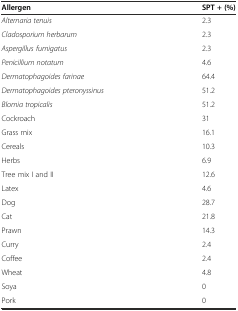
| Allergen | SPT + (%) |
 | --- | --- |
 | Alternaria tenuis | 2.3 |
 | Cladosporium herbarum | 2.3 |
 | Aspergillus fumigatus | 2.3 |
 | Penicillium notatum | 4.6 |
 | Dermatophagoides farinae | 64.4 |
 | Dermatophagoides pteronyssinus | 51.2 |
 | Blomia tropicalis | 51.2 |
 | Cockroach | 31 |
 | Grass mix | 16.1 |
 | Cereals | 10.3 |
 | Herbs | 6.9 |
 | Tree mix I and II | 12.6 |
 | Latex | 4.6 |
 | Dog | 28.7 |
 | Cat | 21.8 |
 | Prawn | 14.3 |
 | Curry | 2.4 |
 | Coffee | 2.4 |
 | Wheat | 4.8 |
 | Soya | 0 |
 | Pork | 0 |